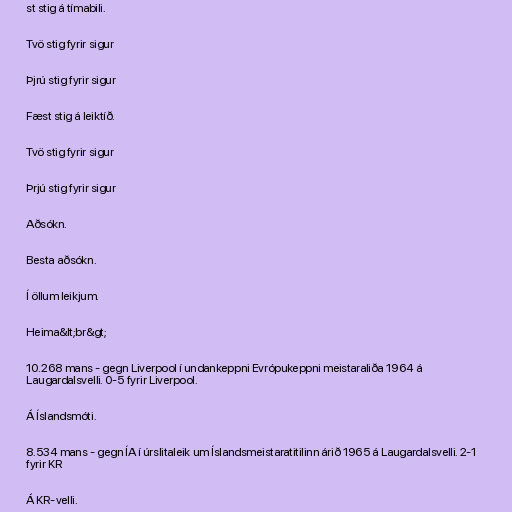
st stig á tímabili.

Tvö stig fyrir sigur

Þjrú stig fyrir sigur

Fæst stig á leiktíð.

Tvö stig fyrir sigur

Þrjú stig fyrir sigur

Aðsókn.

Besta aðsókn.

Í öllum leikjum.

Heima&lt;br&gt;

10.268 mans - gegn Liverpool í undankeppni Evrópukeppni meistaraliða 1964 á
Laugardalsvelli. 0-5 fyrir Liverpool.

Á Íslandsmóti.

8.534 mans - gegn ÍA í úrslitaleik um Íslandsmeistaratitilinn árið 1965 á Laugardalsvelli. 2-1
fyrir KR

Á KR-velli.